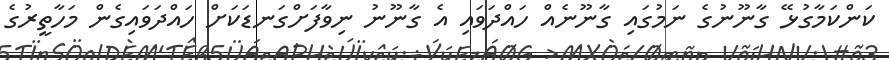
ކަންކަމާގުޅޭ ގާނޫނުގެ ނަމުގައި ގާނޫނެއް ހައްދަވައި އެ ގާނޫނު ނިވާފަށްގަނޑަކަށް ހައްދަވައިގެން މަހާތީރުގެ